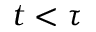
t < \tau